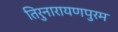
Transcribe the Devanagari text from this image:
तिरुनारायणपुरम